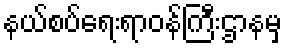
နယ်စပ်ရေးရာဝန်ကြီးဌာနမှ